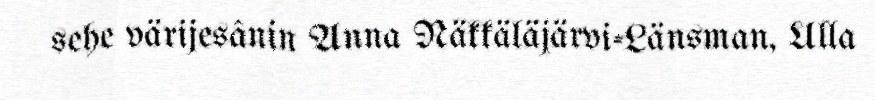
sehe värijesânin Anna Näkkäläjärvi-Länsman, Ulla